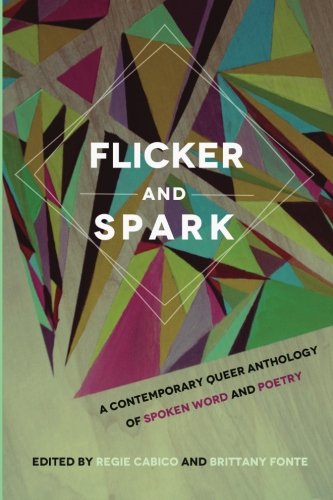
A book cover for Flicker and Spark: A Contemporary Queer Anthology of Spoken Word and Poetry; Regie Cabico; Gay & Lesbian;